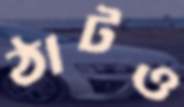
ঠাটও